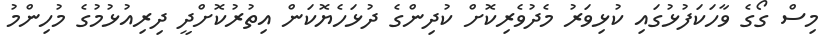
މިސް ގޯގެ ވާހަކަފުޅުގައި ކުޅިވަރު މެދުވެރިކޮށް ކުދިންގެ ދުޅަހެޔޮކަން އިތުރުކޮށްދީ ދިރިއުޅުމުގެ މުހިންމު